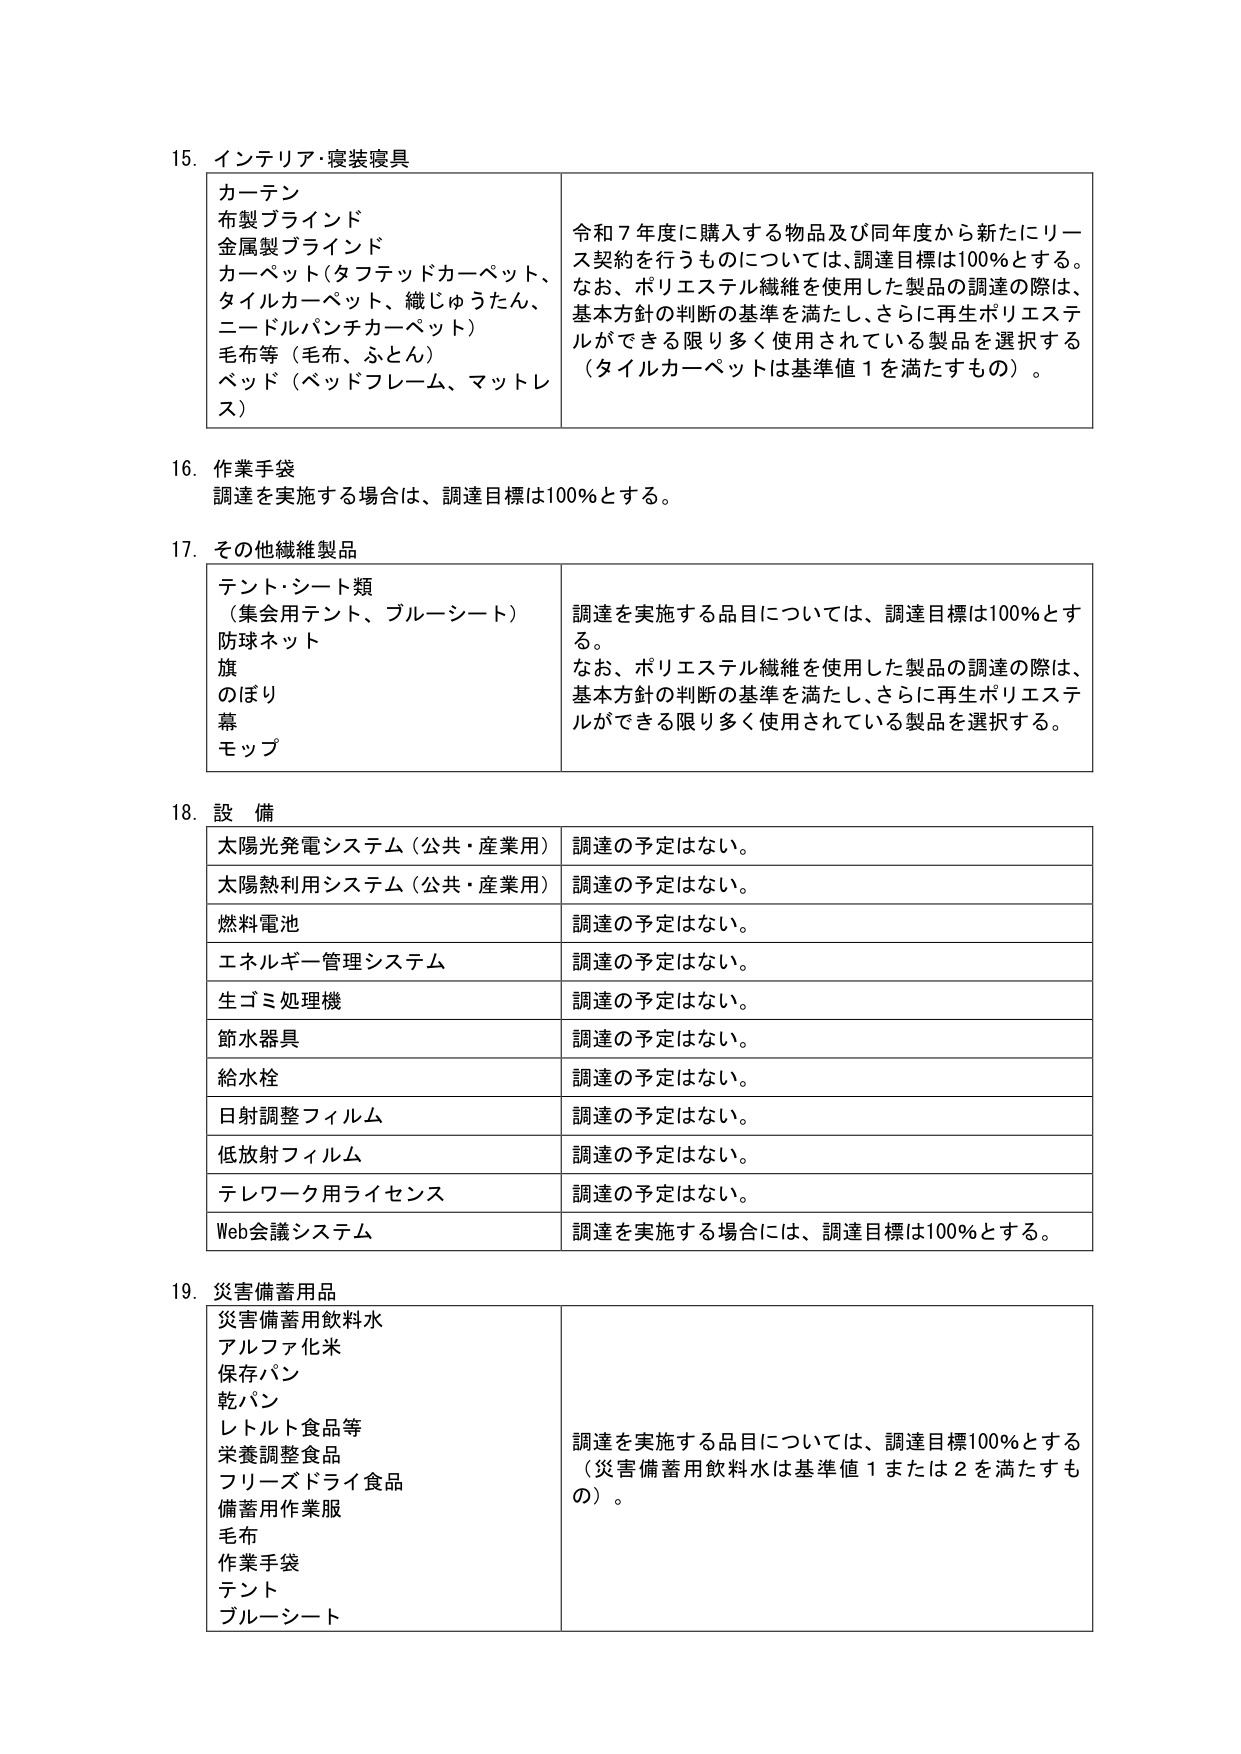
15. インテリア・寝装寝具
カーテン
布製ブラインド
金属製ブラインド
カーペット（タフテッドカーペット、
タイルカーペット、織じゅうたん、
ニードルパンチカーペット）
毛布等（毛布、ふとん）
ベッド（ベッドフレーム、マットレス）
令和７年度に購入する物品及び同年度から新たにリース契約を行うものについては、調達目標は100％とする。
なお、ポリエステル繊維を使用した製品の調達の際は、基本方針の判断の基準を満たし、さらに再生ポリエステルができる限り多く使用されている製品を選択する（タイルカーペットは基準値１を満たすもの）。

16. 作業手袋
調達を実施する場合は、調達目標は100％とする。

17. その他繊維製品
テント・シート類
（集会用テント、ブルーシート）
防球ネット
旗
のぼり
幕
モップ
調達を実施する品目については、調達目標は100％とする。
なお、ポリエステル繊維を使用した製品の調達の際は、基本方針の判断の基準を満たし、さらに再生ポリエステルができる限り多く使用されている製品を選択する。

18. 設備
太陽光発電システム（公共・産業用）　調達の予定はない。
太陽熱利用システム（公共・産業用）　調達の予定はない。
燃料電池　調達の予定はない。
エネルギー管理システム　調達の予定はない。
生ゴミ処理機　調達の予定はない。
節水器具　調達の予定はない。
給水栓　調達の予定はない。
日射調整フィルム　調達の予定はない。
低放射フィルム　調達の予定はない。
テレワーク用ライセンス　調達の予定はない。
Web会議システム　調達を実施する場合には、調達目標は100％とする。

19. 災害備蓄用品
災害備蓄用飲料水
アルファ化米
保存パン
乾パン
レトルト食品等
栄養調整食品
フリーズドライ食品
備蓄用作業服
毛布
作業手袋
テント
ブルーシート
調達を実施する品目については、調達目標100％とする（災害備蓄用飲料水は基準値１または２を満たすもの）。